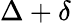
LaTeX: \Delta+\delta